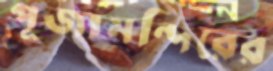
পূজামন্দিরের